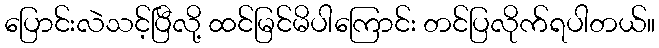
ပြောင်းလဲသင့်ပြီလို့ ထင်မြင်မိပါကြောင်း တင်ပြလိုက်ရပါတယ်။